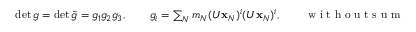
\begin{array} { r } { \operatorname* { d e t } g = \operatorname* { d e t } \tilde { g } = g _ { 1 } g _ { 2 } g _ { 3 } , \qquad g _ { i } = \sum _ { N } m _ { N } ( U { \bf x } _ { N } ) ^ { i } ( U { \bf x } _ { N } ) ^ { i } , \qquad \mathrm { ~ w ~ i ~ t ~ h ~ o ~ u ~ t ~ s ~ u ~ m ~ m ~ a ~ t ~ i ~ o ~ n ~ o ~ v ~ e ~ r ~ i ~ } . } \end{array}